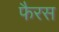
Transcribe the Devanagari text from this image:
फैरस